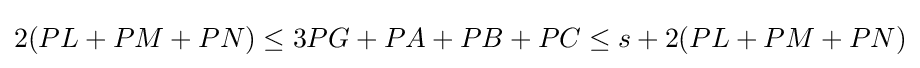
2(PL+PM+PN)\leq 3PG+PA+PB+PC\leq s+2(PL+PM+PN)